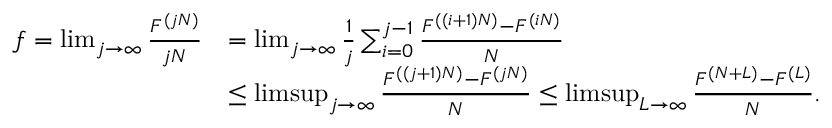
\begin{array} { r l } { f = \operatorname* { l i m } _ { j \rightarrow \infty } \frac { F ^ { ( j N ) } } { j N } } & { = \operatorname* { l i m } _ { j \rightarrow \infty } \frac { 1 } { j } \sum _ { i = 0 } ^ { j - 1 } \frac { F ^ { ( ( i + 1 ) N ) } - F ^ { ( i N ) } } { N } } \\ & { \leq \operatorname* { l i m s u p } _ { j \rightarrow \infty } \frac { F ^ { ( ( j + 1 ) N ) } - F ^ { ( j N ) } } { N } \leq \operatorname* { l i m s u p } _ { L \rightarrow \infty } \frac { F ^ { ( N + L ) } - F ^ { ( L ) } } { N } . } \end{array}